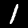
Digit: 1